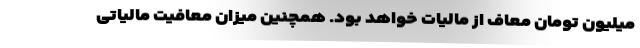
میلیون تومان معاف از مالیات خواهد بود. همچنین میزان معافیت مالیاتی